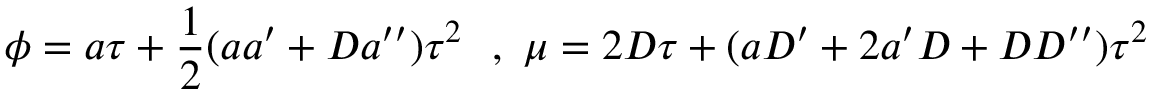
\phi = a \tau + \frac { 1 } { 2 } ( a a ^ { \prime } + D a ^ { \prime \prime } ) \tau ^ { 2 } \ \ , \ \mu = 2 D \tau + ( a D ^ { \prime } + 2 a ^ { \prime } D + D D ^ { \prime \prime } ) \tau ^ { 2 }